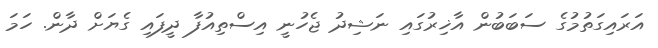
އަރައިގަތުމުގެ ސަބަބުން އާޚިރުގައި ނަޝިދު ޖެހުނީ އިސްތިއުފާ ދީފައި ގެޔަށް ދާން. ހަމަ